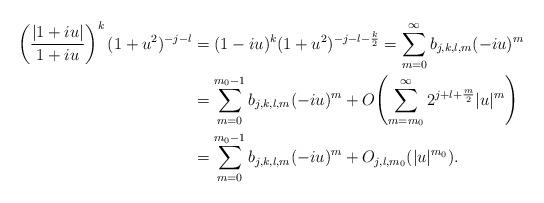
LaTeX: \begin{align*}\left(\frac{|1+iu|}{1+iu}\right)^k(1+u^2)^{-j-l}&=(1-iu)^k(1+u^2)^{-j-l-\frac{k}2}=\sum_{m=0}^\infty b_{j,k,l,m}(-iu)^m\\&=\sum_{m=0}^{m_0-1}b_{j,k,l,m}(-iu)^m+O\!\left(\sum_{m=m_0}^\infty 2^{j+l+\frac{m}2}|u|^m\right)\\&=\sum_{m=0}^{m_0-1}b_{j,k,l,m}(-iu)^m+O_{j,l,m_0}(|u|^{m_0}).\end{align*}